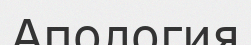
Апология